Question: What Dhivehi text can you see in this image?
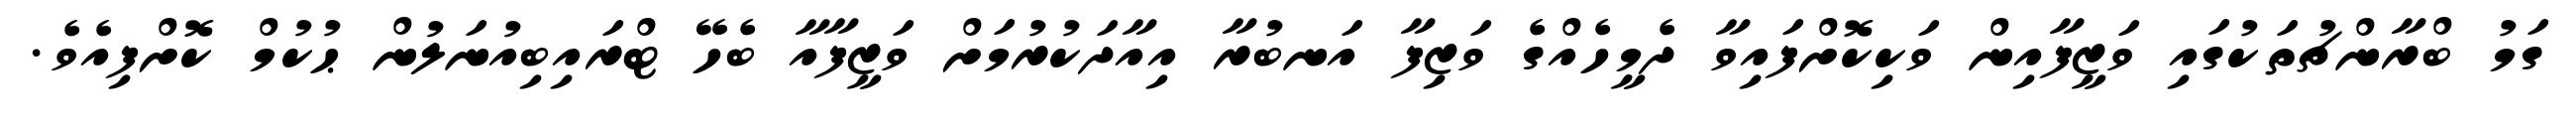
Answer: ގަމު ބްރާންޗުތަކުގައި ވަޒީފާއިން ވަކިކޮށްފައިވާ ދެމީހެއްގެ ވަޒިފާ އަނބުރާ އިއާދަކުރުމަށް ވަޒީފާއާ ބެހޭ ޓްރައިބިއުނަލުން ޙުކުމް ކޮށްފިއެވެ.